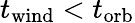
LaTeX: t_{\mathrm{wind}}<t_{\mathrm{orb}}